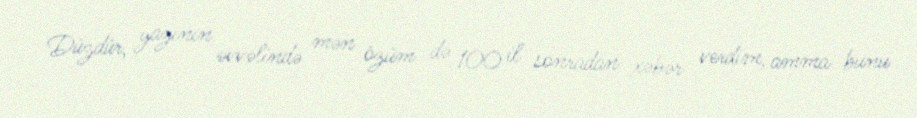
Düzdür, yazının əvvəlində mən özüm də 100 il sonradan xəbər verdim, amma bunu